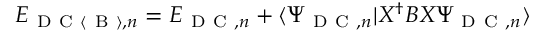
\begin{array} { r } { E _ { \mathrm { ~ D ~ C ~ } \langle \mathrm { ~ B ~ } \rangle , n } = E _ { \mathrm { ~ D ~ C ~ } , n } + \langle \Psi _ { \mathrm { ~ D ~ C ~ } , n } | X ^ { \dagger } B X \Psi _ { \mathrm { ~ D ~ C ~ } , n } \rangle } \end{array}